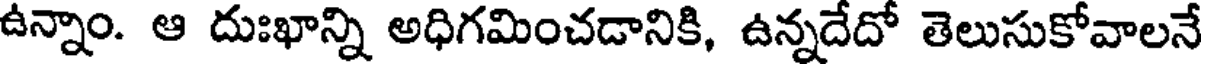
ఉన్నాం. ఆ దుఃఖాన్ని అధిగమించడానికి, ఉన్నదేదో తెలుసుకోవాలనే